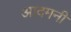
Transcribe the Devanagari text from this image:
आदमनी